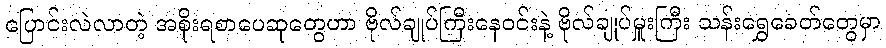
ပြောင်းလဲလာတဲ့ အစိုးရစာပေဆုတွေဟာ ဗိုလ်ချုပ်ကြီးနေဝင်းနဲ့ ဗိုလ်ချုပ်မှူးကြီး သန်းရွှေခေတ်တွေမှာ